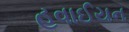
હવાઈયન